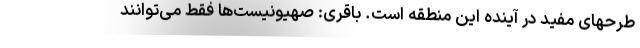
طرحهای مفید در آینده این منطقه است. باقری: صهیونیست‌ها فقط می‌توانند